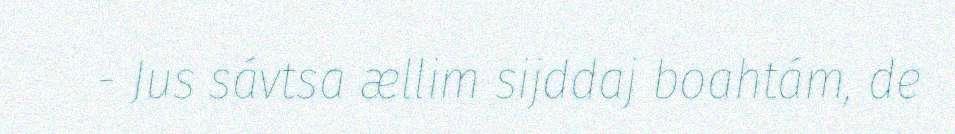
- Jus sávtsa ællim sijddaj boahtám, de